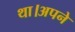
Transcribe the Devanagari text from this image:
था।अपने